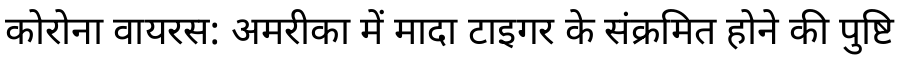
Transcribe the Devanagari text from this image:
कोरोना वायरस: अमरीका में मादा टाइगर के संक्रमित होने की पुष्टि